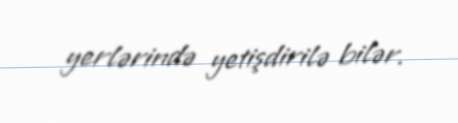
yerlərində yetişdirilə bilər.